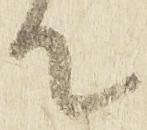
て